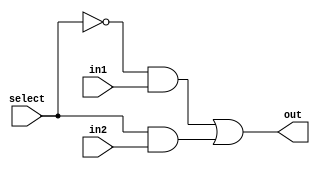
module mux2to1(out, select, in1, in2);
        input in1, in2, select;
        output out;
        wire not_select, w1, w2;

        not(not_select, select);
        and(w1, not_select, in1);
        and(w2, select, in2);
        or(out, w1, w2);

endmodule

module bit32_mux2to1(out, select, in1, in2);
        input [31:0] in1, in2;
        input select;
        output [31:0] out;
        genvar j;

        generate
            for (j=0; j<32 ;j = j+1 ) begin: mux_loop
                mux2to1 m1(out[j], select, in1[j], in2[j]);
            end
        endgenerate

endmodule

module mux3to1(out, select, in1, in2, in3);
        input in1, in2, in3;
        input [1:0] select;
        output out;
        wire w;

        mux2to1 m1(w, select[0], in1, in2); 
        mux2to1 m2(out, select[1], w, in3);

endmodule

module bit32_mux3to1(out, select, in1, in2, in3);
        input [31:0] in1, in2, in3;
        input [1:0] select;
        output [31:0] out;
        genvar j;

        generate
            for (j=0; j<32 ;j = j+1 ) begin: mux_loop
                mux3to1 m1(out[j], select, in1[j], in2[j], in3[j]);
            end
        endgenerate

endmodule